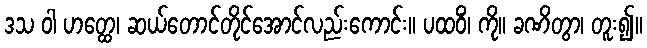
ဒသ ဝါ ဟတ္ထေ၊ ဆယ်တောင်တိုင်အောင်လည်းကောင်း။ ပထဝိံ၊ ကို။ ခဏိတွာ၊ တူး၍။